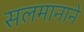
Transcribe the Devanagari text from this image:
सलमानाने